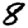
Digit: 8